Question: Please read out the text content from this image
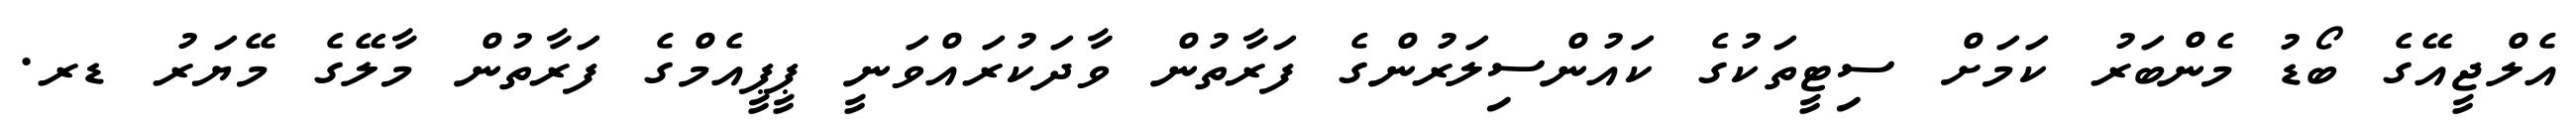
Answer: އެލްޖީއޭގެ ބޯޑު މެންބަރު ކަމަށް ސިޓީތަކުގެ ކައުންސިލަރުންގެ ފަރާތުން ވާދަކުރައްވަނީ ޕީޕީއެމްގެ ފަރާތުން މާލޭގެ މޭޔަރު ޑރ.